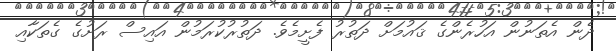
ދެން އެތަނުން އަހުރެންގެ ޤައުމަށް ދަތުރު ފެށީމެވެ. ދަތުރުކުރަމުން އައިސް ރަށުގެ ގެތަކާއި